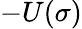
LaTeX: -U(\sigma)